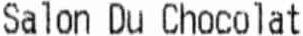
SALON DU CHOCOLAT